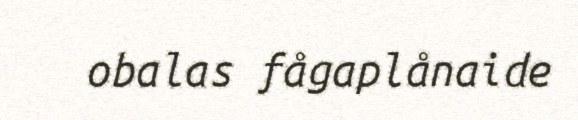
obalas fågaplånaide